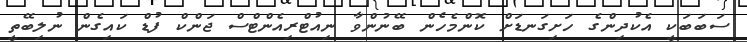
ސަބަބަކީ އެކުދިންގެ ހަށިގަނޑަށް ކޮންމެހެން ބޭނުންވާ ނިއުޓްރިއެންޓްސް ޖަންކް ފުޑް ކައިގެން ނުލިބޭތީ